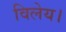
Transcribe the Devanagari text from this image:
विलेय।